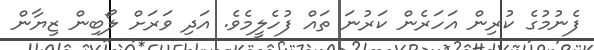
ފެނުމުގެ ކުރިން އަހަރެން ކަރުނަ ތައް ފުހެލީމެވެ. އަދި ވަރަށް ލޯބިން ޒިޔާން